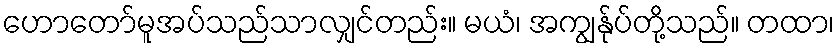
ဟောတော်မူအပ်သည်သာလျှင်တည်း။ မယံ၊ အကျွန်ုပ်တို့သည်။ တထာ၊